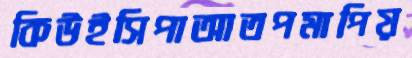
কিউইসিপাআতপমাপিয়